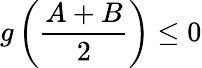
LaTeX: g\left(\frac{A+B}{2}\right)\leq 0